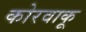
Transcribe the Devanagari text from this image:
कोरवाकू